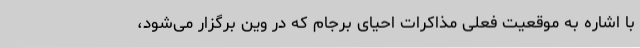
با اشاره به موقعیت فعلی مذاکرات احیای برجام که در وین برگزار می‌شود،